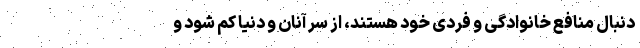
دنبال منافع خانوادگی و فردی خود هستند، از سر آنان و دنیا کم شود و